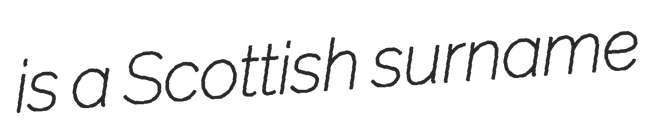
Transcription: is a Scottish surname